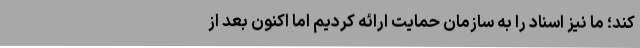
کند؛ ما نیز اسناد را به سازمان حمایت ارائه کردیم اما اکنون بعد از